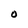
Character: O